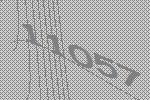
11057